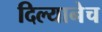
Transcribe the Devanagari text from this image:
दिल्यानेच